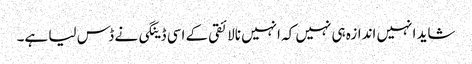
شاید انہیں اندازہ ہی نہیں کہ انہیں نالائقی کے اسی ڈینگی نے ڈس لیا ہے۔